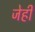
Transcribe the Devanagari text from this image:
जेही